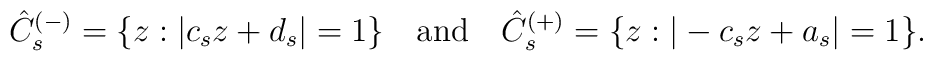
\hat C_s^{(-)}=\{z:|c_sz+d_s|=1\} \quad{\rm and}\quad\hat C_s^{(+)}=\{z:|-c_sz+a_s|=1\}.